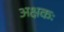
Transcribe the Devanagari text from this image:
अक्षकः